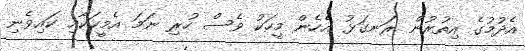
އެދުމުގެ އިތުރުން ރަނގަޅު އެހެން މީހަކު ވެސް ހުރި ނަމަ އެމީހަކާއި ކައިވެނި